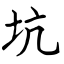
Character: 坑